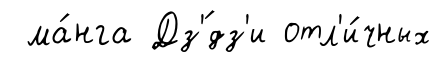
ма́нга Дз'́дз'и отл'и́чных